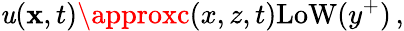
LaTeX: \mathit{u}({\mathbf{x}},t)\approxc(x,z,t)\mathrm{{LoW}}(y^{+})\, ,